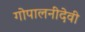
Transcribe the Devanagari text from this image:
गोपालनीदेवी